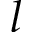
l